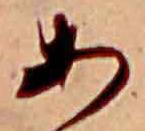
あ